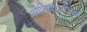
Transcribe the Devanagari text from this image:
व्यक्तिचारित्र्य